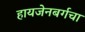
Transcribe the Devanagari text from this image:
हायजेनबर्गचा